Problem: 3 × 9 = ?
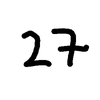
Handwritten answer: 27